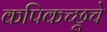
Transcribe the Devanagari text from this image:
कपिकच्छूचे